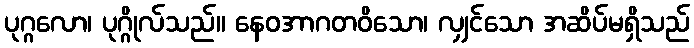
ပုဂ္ဂလော၊ ပုဂ္ဂိုလ်သည်။ နေဝအာဂတဝိသော၊ လျှင်သော အဆိပ်မရှိသည်